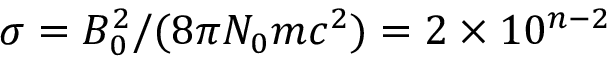
\sigma = B _ { 0 } ^ { 2 } / ( 8 \pi N _ { 0 } m c ^ { 2 } ) = 2 \times 1 0 ^ { n - 2 }